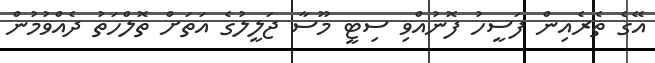
އޭގެ ތެރެއިން ފަސީހު ފޮނުއްވި ސިޓީ މޫސާ ޖަލީލުގެ އަތަށް ތޮލްހަތު ދެއްވުމުން